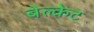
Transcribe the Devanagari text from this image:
बेल्केट